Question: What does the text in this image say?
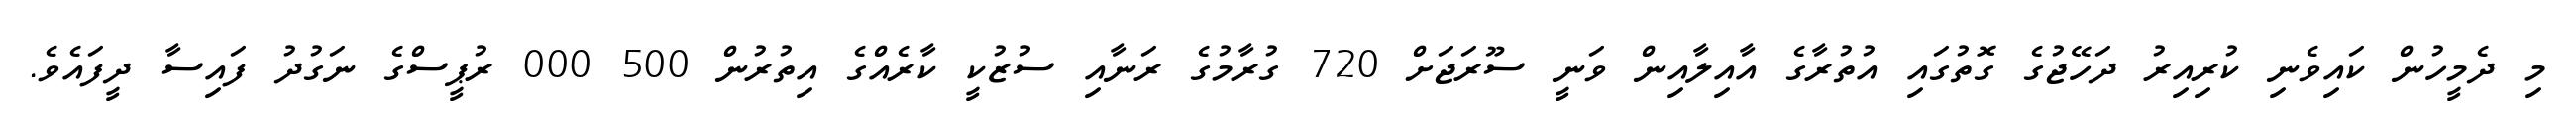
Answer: މި ދެމީހުން ކައިވެނި ކުރިއިރު ދަހޭޖުގެ ގޮތުގައި އުތުރާގެ އާއިލާއިން ވަނީ ސޫރަޖަށް 720 ގުރާމުގެ ރަނާއި ސުޒުކީ ކާރެއްގެ އިތުރުން 500 000 ރުޕީސްގެ ނަގުދު ފައިސާ ދީފައެވެ.